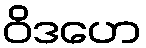
ဝိဒဟေ